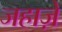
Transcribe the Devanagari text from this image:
जहाज़ें